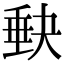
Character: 𡙇